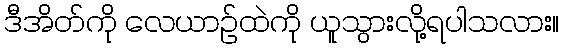
ဒီအိတ်ကို လေယာဉ်ထဲကို ယူသွားလို့ရပါသလား။